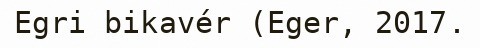
Egri bikavér (Eger, 2017.